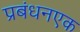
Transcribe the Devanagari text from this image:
प्रबंधनएक